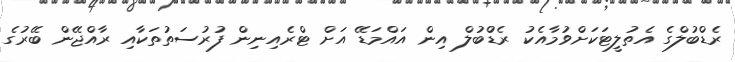
ރެޑްބުލްގެ އެތުލީޓަކަށްވުމާއެކު ރެޑްުބުލް އިން އައްމަޑޭ އަށް ޓްރެއިނިން ފުރުސަތުތަކާއި ރާއްޖޭން ބޭރުގެ